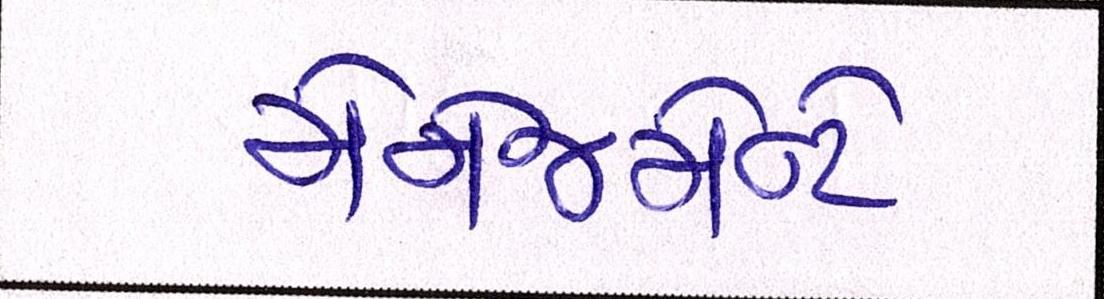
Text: મેનેજમેન્ટે